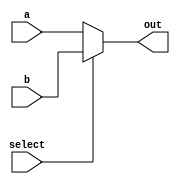
module MUX2_1 (
    input wire [31:0] a,
    input wire [31:0] b,
    input wire select,
    output wire [31:0] out
);
    assign out = (select) ? b : a;

endmodule